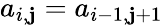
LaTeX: a_{i,\mathbf{j}}=a_{i-1,\mathbf{j}+1}